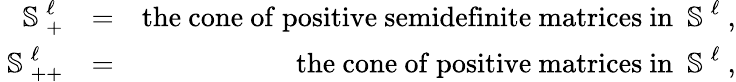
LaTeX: \begin{array}{rlr}{\mathrm{~\mathbb{S}~}_{+}^{\ell}}&{=}&{\mathrm{the~cone~of~positive~semidefinite~matrices~in~\mathrm{~\mathbb{S}~}^{\ell}~},}\\ {\mathrm{~\mathbb{S}~}_{++}^{\ell}}&{=}&{\mathrm{the~cone~of~positive~matrices~in~\mathrm{~\mathbb{S}~}^{\ell}~},}\end{array}